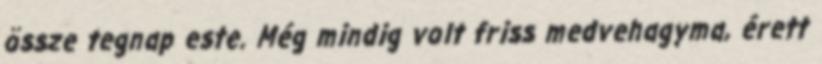
össze tegnap este. Még mindig volt friss medvehagyma, érett